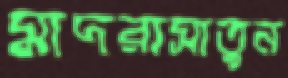
মাদরাসাতুন